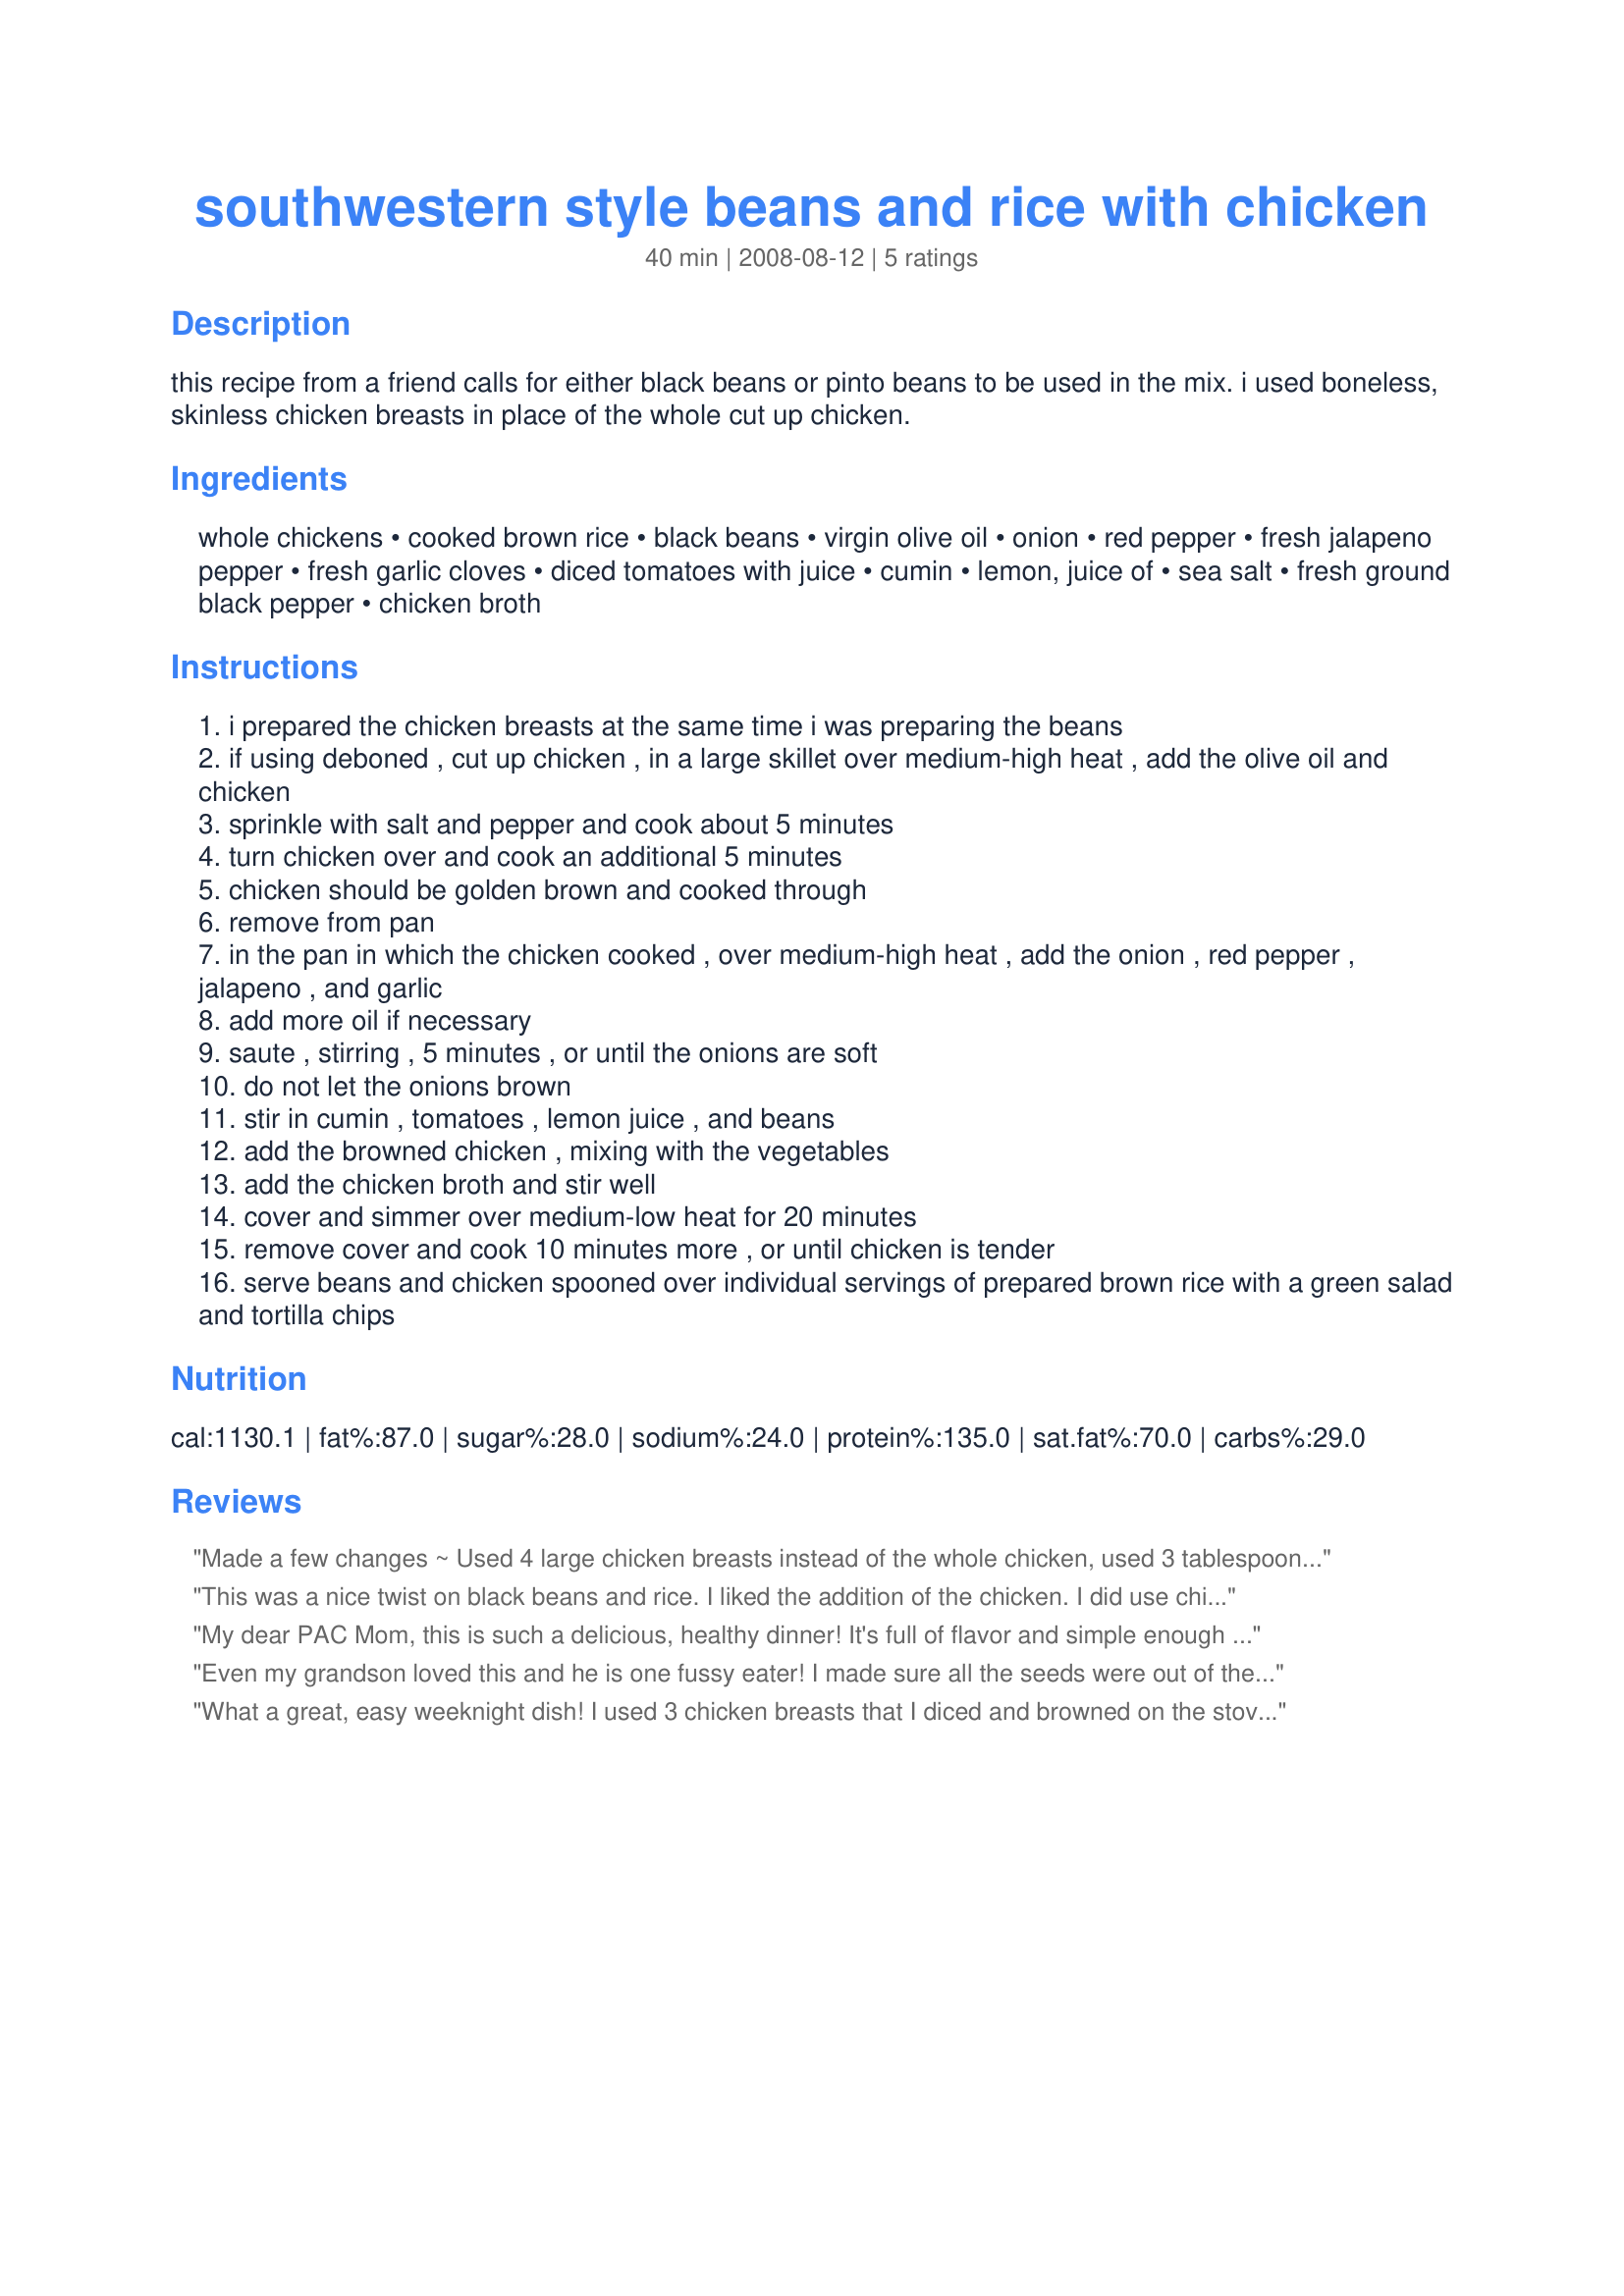
southwestern style beans and rice with chicken
Preparation time: 40 minutes

this recipe from a friend calls for either black beans or pinto beans to be used in the mix. i used boneless, skinless chicken breasts in place of the whole cut up chicken.

Ingredients:
whole chickens, cooked brown rice, black beans, virgin olive oil, onion, red pepper, fresh jalapeno pepper, fresh garlic cloves, diced tomatoes with juice, cumin, lemon, juice of, sea salt, fresh ground black pepper, chicken broth

Steps:
i prepared the chicken breasts at the same time i was preparing the beans
if using deboned , cut up chicken , in a large skillet over medium-high heat , add the olive oil and chicken
sprinkle with salt and pepper and cook about 5 minutes
turn chicken over and cook an additional 5 minutes
chicken should be golden brown and cooked through
remove from pan
in the pan in which the chicken cooked , over medium-high heat , add the onion , red pepper , jalapeno , and garlic
add more oil if necessary
saute , stirring , 5 minutes , or until the onions are soft
do not let the onions brown
stir in cumin , tomatoes , lemon juice , and beans
add the browned chicken , mixing with the vegetables
add the chicken broth and stir well
cover and simmer over medium-low heat for 20 minutes
remove cover and cook 10 minutes more , or until chicken is tender
serve beans and chicken spooned over individual servings of prepared brown rice with a green salad and tortilla chips

Reviews:
Made a few changes ~ Used 4 large chicken breasts instead of the whole chicken, used 3 tablespoons of green chilies instead of the jalapeno pepper & used some homemade chicken broth! I served this GREAT TASTING DISH over a mix of brown & wild rice! WON-DER-FUL!! [Tagged, made & reviewed in Please Review My Recipe]
This was a nice twist on black beans and rice. I liked the addition of the chicken. I did use chicken breasts, as I seldom buy a whole chicken. I served it with brown rice. Very nice flavor.
My dear PAC Mom, this is such a delicious, healthy dinner! It's full of flavor and simple enough to pull together on a weekday night...something I'm always looking for. I used 3 large baked chicken breasts that I then diced up, so I didn't need much olive oil for browning. All of the ingredients compliment each other so well. Thanks Mom! MERP'd for Potluck Tag.
Even my grandson loved this and he is one fussy eater! I made sure all the seeds were out of the jalapeno pepper, so it wasn't real hot. This is one meal that will be repeated! Tony
What a great, easy weeknight dish! I used 3 chicken breasts that I diced and browned on the stovetop (as suggested as an alternative). Served over rice and this was absolutely fabulous! Everyone ate it! Even the pickiest 3 year old and Dad too! Thank you so much for posting this wonderful recipe. Made for ZWT5.
